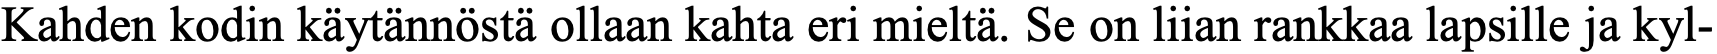
Kahden kodin käytännöstä ollaan kahta eri mieltä. Se on liian rankkaa lapsille ja kyl-